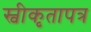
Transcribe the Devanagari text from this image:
स्वीकृतापत्र